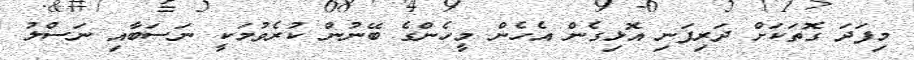
މިފަދަ ގޮތަކަށް ދަރިފަނި އޮޅިގެން އެހެން މީހެންގެ ބޭނުން ކުރެވުމަކީ ނަސަބާއި ނަސްލު